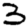
Digit: 3